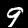
Digit: 9